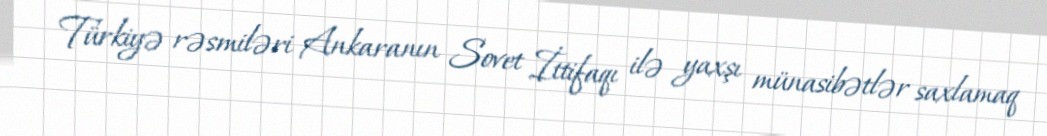
Türkiyə rəsmiləri Ankaranın Sovet İttifaqı ilə yaxşı münasibətlər saxlamaq